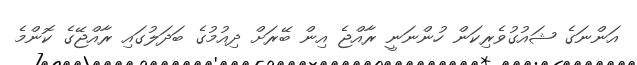
އަންނަގެ ޝައުގުވެރިކަން ހުންނަނީ ރާއްޖެ އިން ބޭރަށް ދިއުމުގެ ބަދަލުގައި ރާއްޖޭގެ ކޮންމެ